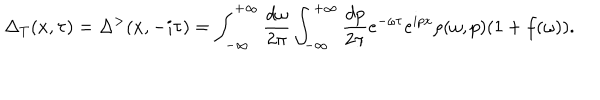
LaTeX: \Delta _ { T } ( x , \tau ) = \Delta ^ { > } ( x , - i \tau ) = \int _ { - \infty } ^ { + \infty } \frac { d \omega } { 2 \pi } \int _ { - \infty } ^ { + \infty } \frac { d p } { 2 \pi } e ^ { - \omega \tau } e ^ { i p x } \rho ( \omega , p ) ( 1 + f ( \omega ) ) .